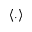
\left< . \right>